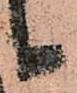
候